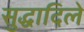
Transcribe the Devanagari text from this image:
सुद्धादिले